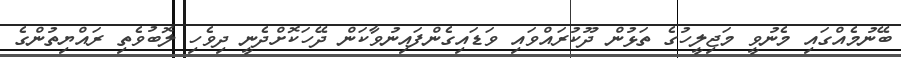
ބޭނުމެއްގައި މެނުވީ މަޖިލީހުގެ ތަޅުން ދޫކުރައްވައި ވަޑައިގެންފައިނުވާކަން ދޭހަކޮށްދެނީ ދިވެހި ލޮބުވެތި ރައްޔިތުންގެ